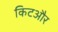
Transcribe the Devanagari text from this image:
किटऔर